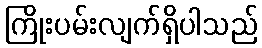
ကြိုးပမ်းလျက်ရှိပါသည်